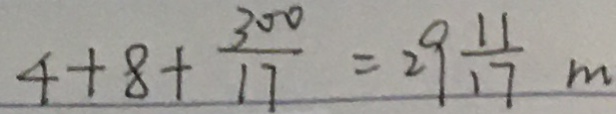
4 + 8 + \frac { 3 0 0 } { 1 7 } = 2 9 \frac { 1 1 } { 1 7 } m